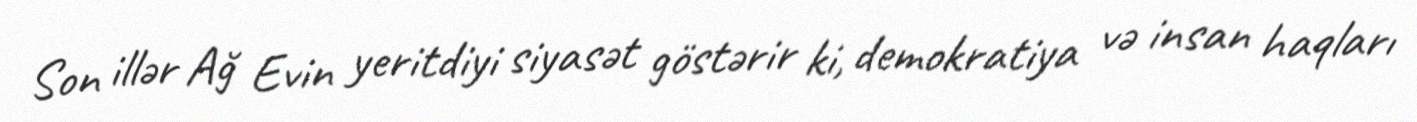
Son illər Ağ Evin yeritdiyi siyasət göstərir ki, demokratiya və insan haqları